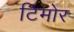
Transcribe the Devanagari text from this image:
टिमोर